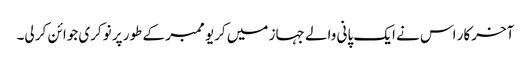
آخرکار اس نے ایک پانی والے جہاز میں کریو ممبر کے طور پر نوکری جوائن کر لی۔